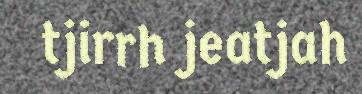
tjirrh jeatjah